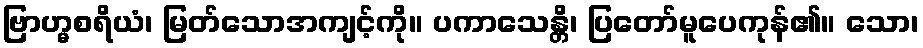
ဗြာဟ္မစရိယံ၊ မြတ်သောအကျင့်ကို။ ပကာသေန္တိ၊ ပြတော်မူပေကုန်၏။ သော၊